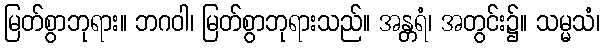
မြတ်စွာဘုရား။ ဘဂဝါ၊ မြတ်စွာဘုရားသည်။ အန္တရံ၊ အတွင်း၌။ သမ္မသံ၊